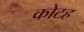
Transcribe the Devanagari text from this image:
कोटह